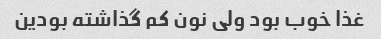
غذا خوب بود ولی نون کم گذاشته بودین